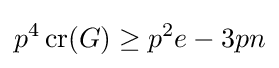
p^{4}\operatorname {cr} (G)\geq p^{2}e-3pn